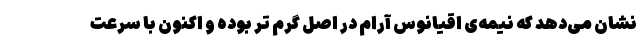
نشان می‌دهد که نیمه‌ی اقیانوس آرام در اصل گرم تر بوده و اکنون با سرعت